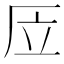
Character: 㕇